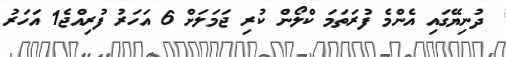
ދުނިޔޭގައި އެންމެ ފުރަތަމަ ކްލޯން ކުރި ޖަމަލަށް 6 އަހަރު ފުރިއްޖެ1 އަހަރު